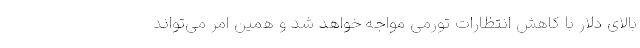
بالای دلار با کاهش انتظارات تورمی مواجه خواهد شد و همین امر می‌تواند